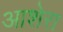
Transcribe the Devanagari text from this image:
आशेरा